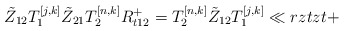
\begin{align*}\tilde Z_{12} T_{1}^{[j,k]}\tilde Z_{21} T^{[n,k]}_{2}{R}_{t12}^+= T^{[n,k]}_{2} \tilde Z_{12} T^{[j,k]}_{1}\ll{rztzt+}\end{align*}